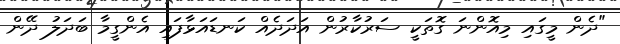
"ދެން މީގައި މިއޮންނަ ގޮތަކީ ސަރުކާރުން އަދަދެއް ކަނޑައަޅާފައި އެންގީމާ ބަދަލު ދޭން